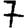
Digit: 7